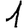
Digit: 1